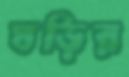
ঘড়ির